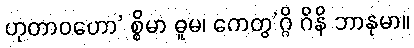
ဟုတာဝဟော’ စ္စိမာ ဓူမ၊ ကေတွ’ဂ္ဂိ ဂိနိ ဘာနုမာ။